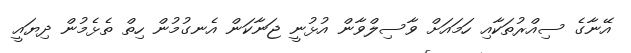
އޭނާގެ ސިއްރުތަކާއި ހަމައަށް ވާސިލްވާން އުޅުނީ ޖަނާކަން އެނގުމުން ހިތް ތެޅެމުން ދިޔައީ